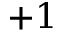
{ + 1 }